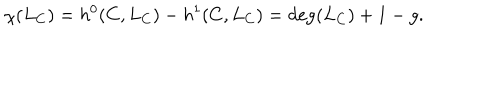
LaTeX: \chi ( L _ { C } ) = h ^ { 0 } ( C , L _ { C } ) - h ^ { 1 } ( C , L _ { C } ) = \deg ( L _ { C } ) + 1 - g .